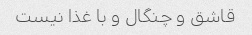
قاشق و چنگال و با غذا نیست